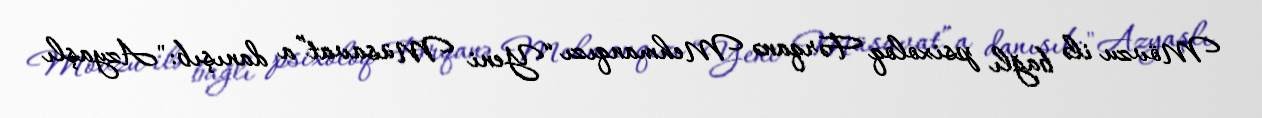
Mövzu ilə bağlı psixoloq Fərqanə Mehmanqızı “Yeni Müsavat”a danışıb: "Azyaşlı